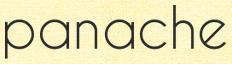
panache